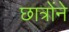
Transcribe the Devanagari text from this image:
छात्रोंने